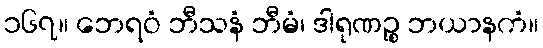
၁၆၇။ ဘေရဝံ ဘီသနံ ဘီမံ၊ ဒါရုဏဉ္စ ဘယာနကံ။